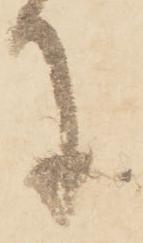
に